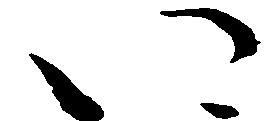
い